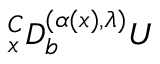
{ } _ { x } ^ { C } D _ { b } ^ { ( \alpha ( x ) , \lambda ) } U